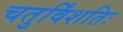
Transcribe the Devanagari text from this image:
चतुर्विंशतिः